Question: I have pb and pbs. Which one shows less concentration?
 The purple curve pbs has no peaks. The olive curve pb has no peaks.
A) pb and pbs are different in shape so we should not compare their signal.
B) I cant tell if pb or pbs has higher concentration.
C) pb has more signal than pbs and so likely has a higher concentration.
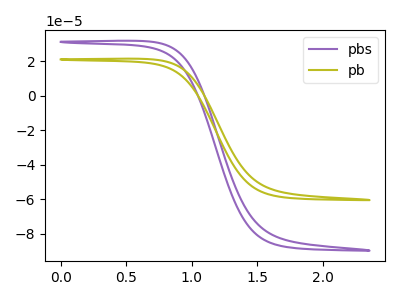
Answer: <think>Neither "pb" or "pbs" have any peaks.
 </think>
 <answer>B) I cant tell if "pb" or "pbs" has higher concentration.</answer>
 <eval>B</eval>